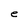
Character: e